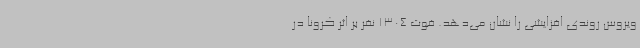
ویروس روندی افزایشی را نشان می‌دهد. فوت 1304 نفر بر اثر کرونا در